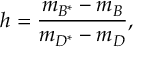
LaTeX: h = \frac { m _ { B ^ { * } } - m _ { B } } { m _ { D ^ { * } } - m _ { D } } , \nonumber